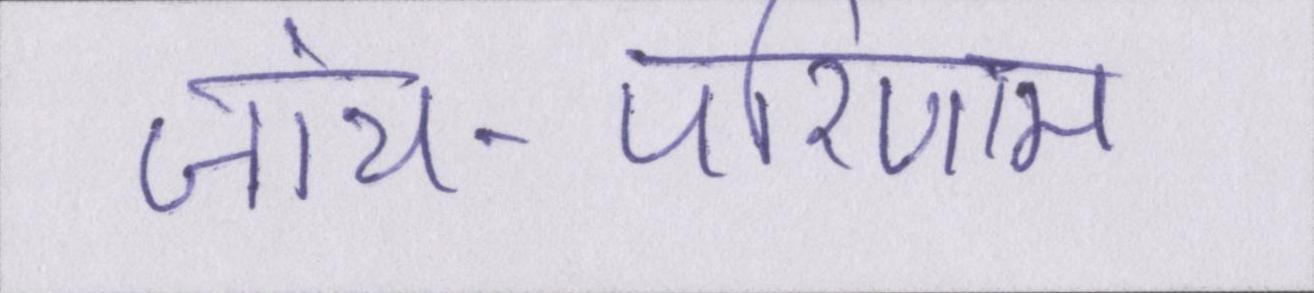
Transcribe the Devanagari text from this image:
जांच-परिणाम